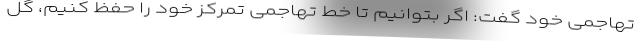
تهاجمی خود گفت: اگر بتوانیم تا خط تهاجمی تمرکز خود را حفظ کنیم، گل